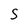
Character: S